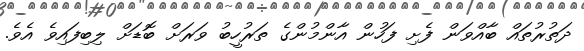
ދަތުރުތައް ބާއްވަން ފެށި ފަހުން އާންމުންގެ ތަރުހީބު ވަރަށް ބޮޑަށް ލިބިފައިވެ އެވެ.